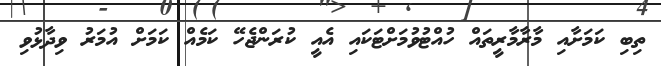
ތިބި ކަމަށާއި މާރާމާރީތައް ހުއްޓުވުމަށްޓަކައި އެއީ ކުރަންޖެހޭ ކަމެއް ކަމަށް އުމަރު ވިދާޅުވި